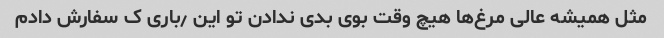
مثل همیشه عالی مرغ‌ها هیچ وقت بوی بدی ندادن تو این ٫باری ک سفارش دادم